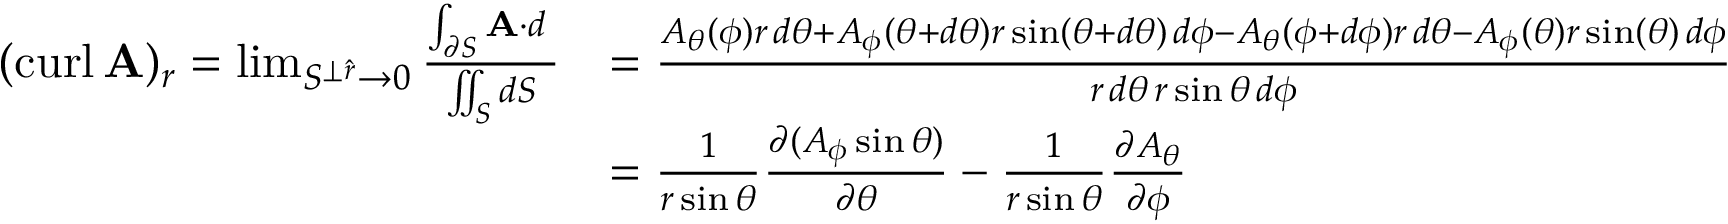
{ \begin{array} { r l } { ( \operatorname { c u r l } \mathbf { A } ) _ { r } = \operatorname* { l i m } _ { S ^ { \perp { \boldsymbol { \hat { r } } } } \to 0 } { \frac { \int _ { \partial S } \mathbf { A } \cdot d \mathbf { \ell } } { \iint _ { S } d S } } } & { = { \frac { A _ { \theta } ( \phi ) r \, d \theta + A _ { \phi } ( \theta + d \theta ) r \sin ( \theta + d \theta ) \, d \phi - A _ { \theta } ( \phi + d \phi ) r \, d \theta - A _ { \phi } ( \theta ) r \sin ( \theta ) \, d \phi } { r \, d \theta \, r \sin \theta \, d \phi } } } \\ & { = { \frac { 1 } { r \sin \theta } } { \frac { \partial ( A _ { \phi } \sin \theta ) } { \partial \theta } } - { \frac { 1 } { r \sin \theta } } { \frac { \partial A _ { \theta } } { \partial \phi } } } \end{array} }